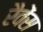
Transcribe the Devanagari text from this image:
रैवेंस